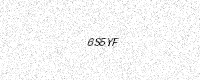
Text: 6S5YF